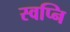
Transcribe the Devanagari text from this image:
स्वप्नि